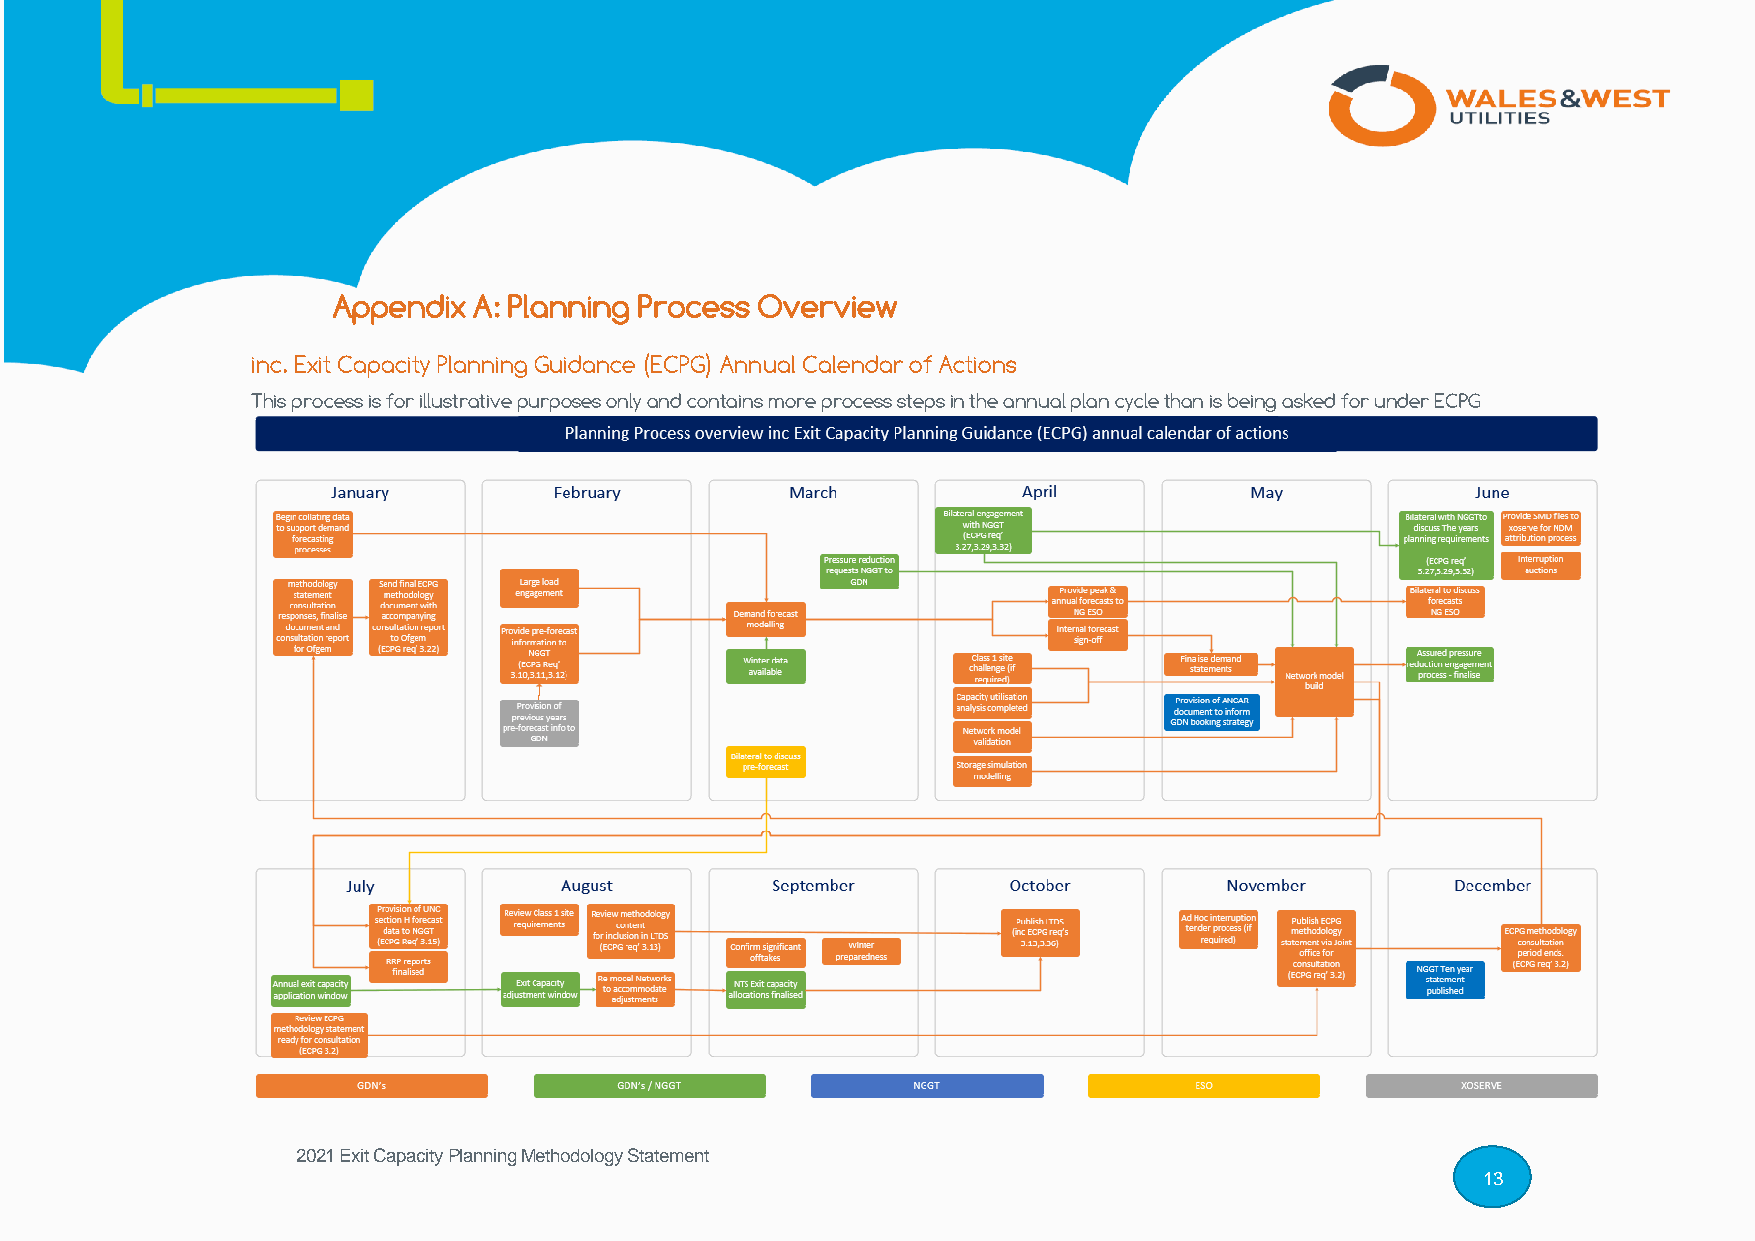
Appendix A: Planning Process Overview
 inc. Exit Capacity Planning Guidance (ECPG) Annual Calendar of Actions
 This process is for illustrative purposes only and contains more process steps in the annual plan cycle than is being asked for under ECPG
 2021 Exit Capacity Planning Methodology Statement
 13
 13